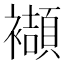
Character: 襭